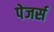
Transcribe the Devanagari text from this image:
पेजर्स